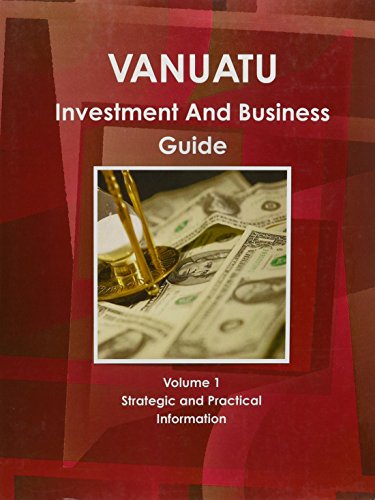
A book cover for Vanuatu Investment And Business Guide; Ibp Usa; Travel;